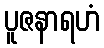
ပူဇနာရဟံ